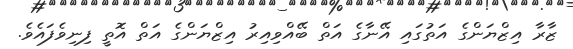
ޒާރާ އިޒްޔަންގެ އަތުގައި އޭނާގެ އަތް ބޭއްވިއިރު އިޒްޔަންގެ އަތް އޮތީ ފިނިވެފައެވެ.